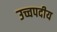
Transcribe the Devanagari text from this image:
उच्चपदीय